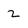
Character: z